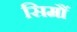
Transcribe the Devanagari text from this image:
सिमौं